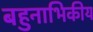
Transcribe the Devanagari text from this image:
बहुनाभिकीय